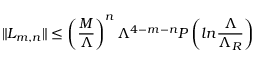
\| L _ { m , n } \| \leq \left( { \frac { M } { \Lambda } } \right) ^ { n } \Lambda ^ { 4 - m - n } P \left( l n { \frac { \Lambda } { \Lambda _ { R } } } \right)